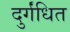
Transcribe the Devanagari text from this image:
दुर्गंधित